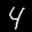
Label: 4